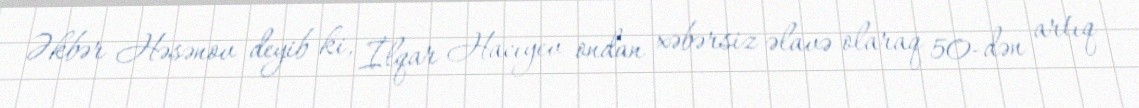
Əkbər Həsənov deyib ki, İlqar Hacıyev ondan xəbərsiz əlavə olaraq 50-dən artıq